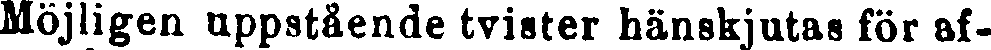
Möjligen uppstående tvister hänskjutas för af-